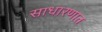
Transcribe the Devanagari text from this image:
साधारणात